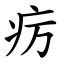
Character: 疠